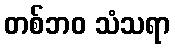
တစ်ဘဝ သံသရာ